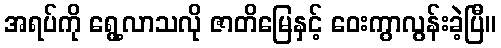
အရပ်ကို ရွေ့လာသလို ဇာတိမြေနှင့် ဝေးကွာလွန်းခဲ့ပြီ။